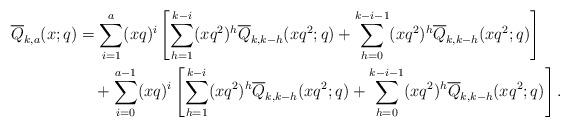
LaTeX: \begin{align*} \overline{Q}_{k,a}(x;q)&=\sum_{i=1}^a (xq)^i \left[\sum_{h=1}^{k-i}(xq^2)^h\overline{Q}_{k,k-h}(xq^2;q) +\sum_{h=0}^{k-i-1}(xq^2)^h\overline{Q}_{k,k-h}(xq^2;q)\right] \\&\quad+ \sum_{i=0}^{a-1}(xq)^i\left[\sum_{h=1}^{k-i}(xq^2)^h\overline{Q}_{k,k-h}(xq^2;q)+\sum_{h=0}^{k-i-1}(xq^2)^h\overline{Q}_{k,k-h}(xq^2;q)\right]. \end{align*}